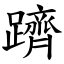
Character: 躋